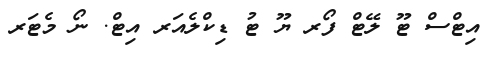
އިޓްސް ޓޫ ލޭޓް ފޯރ ޔޫ ޓު ޑިކްލެއަރ އިޓް. ނޯ މެޓަރ